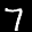
Digit: 7